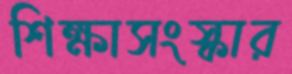
শিক্ষাসংস্কার